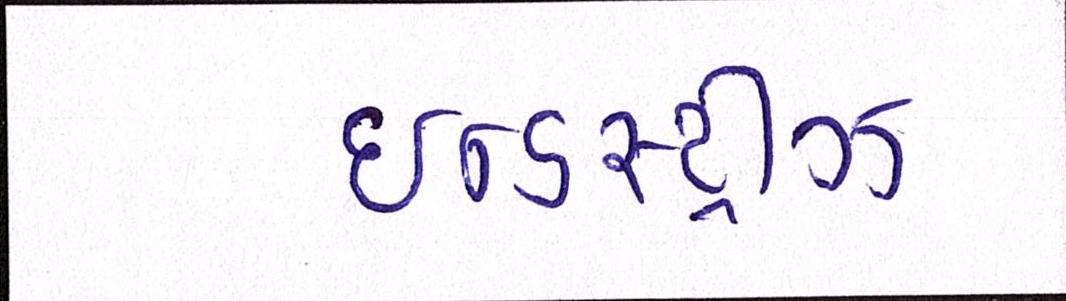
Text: ઈન્ડસ્ટ્રીઝ